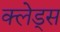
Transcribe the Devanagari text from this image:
क्लेड्स